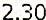
2.30